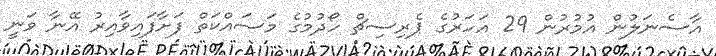
އާސެނަލުން އުމުރުން 29 އަހަރުގެ ޕެރިސިޗް ހޯދުމުގެ މަސައްކަތް ފަށާފައިވާއިރު އޭނާ ވަނީ